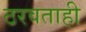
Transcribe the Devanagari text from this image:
ठरवताही